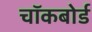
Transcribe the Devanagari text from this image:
चॉकबोर्ड